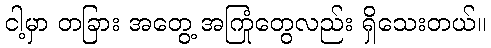
ငါ့မှာ တခြား အတွေ့ အကြုံတွေလည်း ရှိသေးတယ်။